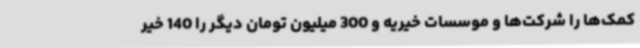
کمک‌ها را شرکت‌ها و موسسات خیریه و 300 میلیون تومان دیگر را 140 خیر